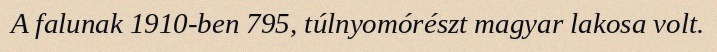
A falunak 1910-ben 795, túlnyomórészt magyar lakosa volt.